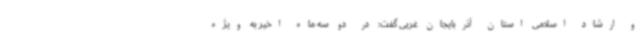
و ارشاد اسلامی استان آذربایجان غربی گفت: در دو سه ماه اخیر به ویژه